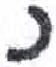
אות: נ